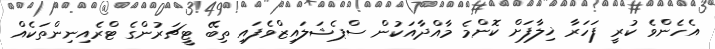
އެހެންވެ ކުރީ ފަހަރާ ޚިލާފަށް ކޮންމެ މާއްދާއަކުން ސްޕެޝަލައިޒްވެފައި ތިބޭ ޓީޗަރުންގެ ޓްރެއިނިންތަކެއް